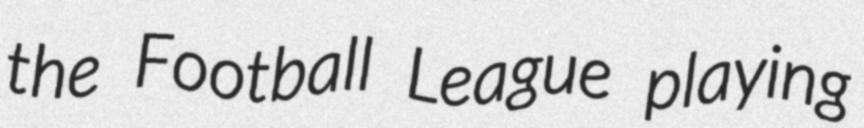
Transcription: the Football League playing